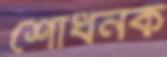
শোধনক